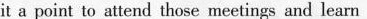
it a point to \underline{attend} those meetings and learn